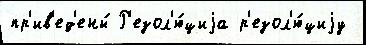
пр'ив'ед'ены́ Р'езол'ю́циjа р'езол'ю́циjу